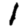
Digit: 1